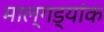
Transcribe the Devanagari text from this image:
माल्गड्यांक